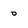
Character: 0